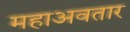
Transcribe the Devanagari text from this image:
महाअवतार